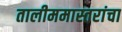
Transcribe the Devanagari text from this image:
तालीममास्तरांचा